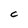
Character: C